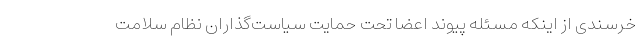
خرسندی از اینکه مسئله پیوند اعضا تحت حمایت سیاست‌گذاران نظام سلامت